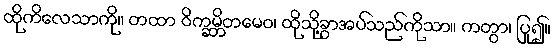
ထိုကိလေသာကို။ တထာ ဝိက္ခမ္ဘိတမေဝ၊ ထိုသို့ခွာအပ်သည်ကိုသာ။ ကတွာ၊ ပြု၍။